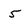
Character: 5